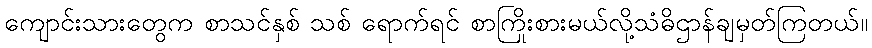
ကျောင်းသားတွေက စာသင်နှစ် သစ် ရောက်ရင် စာကြိုးစားမယ်လို့သံဓိဌာန်ချမှတ်ကြတယ်။